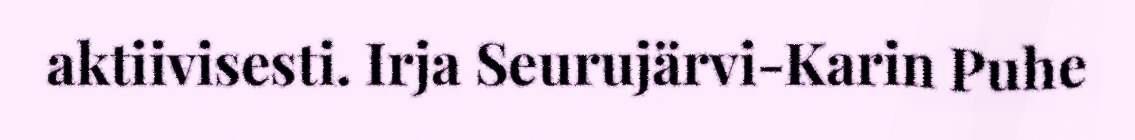
aktiivisesti. Irja Seurujärvi-Karin Puhe